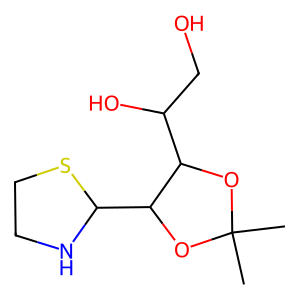
SMILES: CC1(C)OC(C(O)CO)C(C2NCCS2)O1
Inhibits HIV replication: No